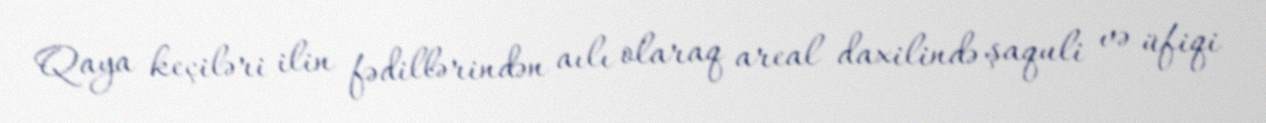
Qaya keçiləri ilin fədillərindən aılı olaraq areal daxilində şaquli və üfiqi